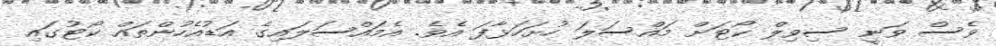
ވެސް ވަނީ ސިވިލް ކޯޓަށް މައްސަލަ ހުށަހަޅާފަ އެވެ. އެމައްސަލައިގެ އަޑުއެހުންތައް ކޯޓުގައި